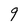
Character: 9